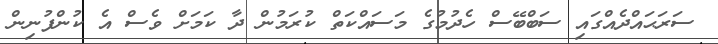
ސަރަޙައްދެއްގައި ސަބްބޭސް ހެދުމުގެ މަސައްކަތް ކުރަމުން ދާ ކަމަށް ވެސް އެ ކުންފުނިން